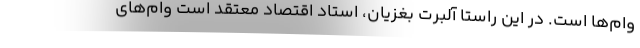
وام‌ها است. در این راستا آلبرت بغزیان، استاد اقتصاد معتقد است وام‌های